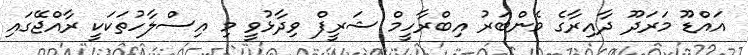
އައްޑޫ މަރަދޫ ދާއިރާގެ މެންބަރު އިބްރާހީމް ޝަރީފް ވިދާޅުވީ މި އިސްލާހުތަކަކީ ރާއްޖޭގައި